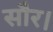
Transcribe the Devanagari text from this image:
सौर।